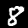
Label: 8